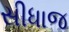
સીધાજ